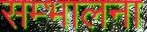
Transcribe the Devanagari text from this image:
सम्भालना